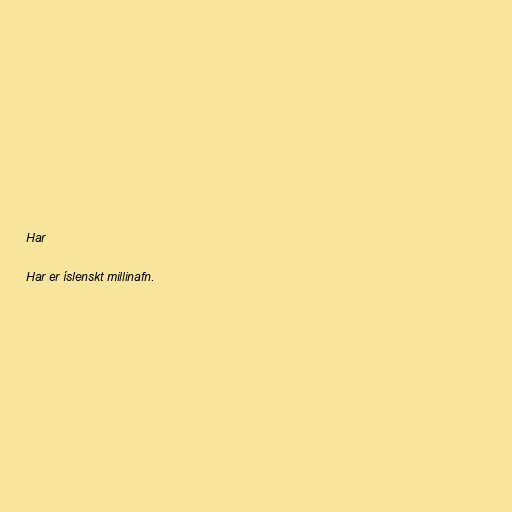
Har

Har er íslenskt millinafn.